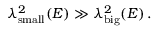
\lambda _ { \mathrm { \scriptsize { s m a l l } } } ^ { 2 } ( E ) \gg \lambda _ { \mathrm { \scriptsize { b i g } } } ^ { 2 } ( E ) \, .